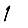
Digit: 1